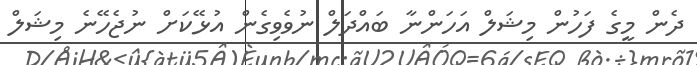
ދެން މީގެ ފަހުން މިޝަލް އަހަންނާ ބައްދަލް ނުވެވިގެން އުޅޭކަށް ނުޖެހޭނެ މިޝަލް